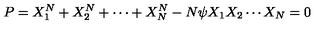
P = X _ { 1 } ^ { N } + X _ { 2 } ^ { N } + \cdots + X _ { N } ^ { N } - N \psi X _ { 1 } X _ { 2 } \cdots X _ { N } = 0